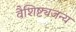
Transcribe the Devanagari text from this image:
वैशिष्ट्यजन्य